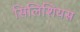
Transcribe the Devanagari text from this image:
सिलिशियस